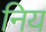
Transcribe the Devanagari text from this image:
निय